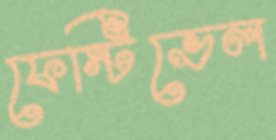
ফেস্টিভেল